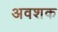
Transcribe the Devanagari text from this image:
अवशक